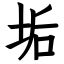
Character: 垢